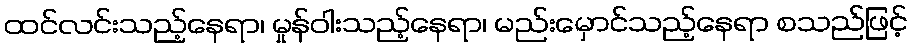
ထင်လင်းသည့်နေရာ၊ မှုန်ဝါးသည့်နေရာ၊ မည်းမှောင်သည့်နေရာ စသည်ဖြင့်